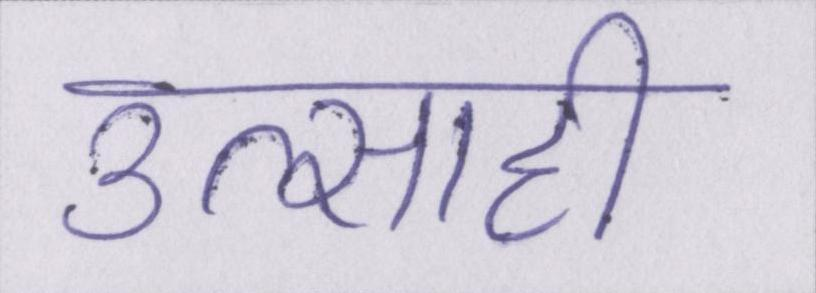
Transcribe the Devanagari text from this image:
उत्साही